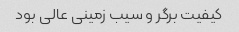
کیفیت برگر و سیب زمینی عالی بود